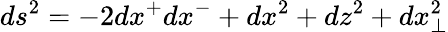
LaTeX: ds^{2}=-2dx^{+}dx^{-}+dx^{2}+dz^{2}+dx_{\perp}^{2}